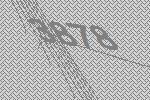
3878